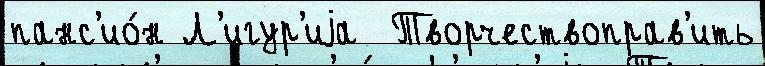
панс'ио́н Л'игур'иjа  Творчествоправ'ить